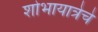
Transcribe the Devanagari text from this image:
शोभायात्रेचे